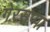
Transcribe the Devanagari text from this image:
गेरसप्पा